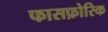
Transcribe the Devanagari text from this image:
फासफ़ोरिक